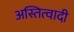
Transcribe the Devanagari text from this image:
अस्तित्वादी